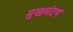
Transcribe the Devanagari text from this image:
मुखमंटप